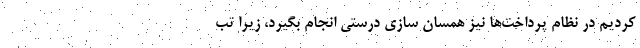
کردیم در نظام پرداخت‌ها نیز همسان سازی درستی انجام بگیرد، زیرا تب